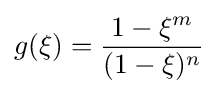
g(\xi )={\frac {1-\xi ^{m}}{(1-\xi )^{n}}}